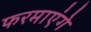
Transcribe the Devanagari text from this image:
फरमाएंगे